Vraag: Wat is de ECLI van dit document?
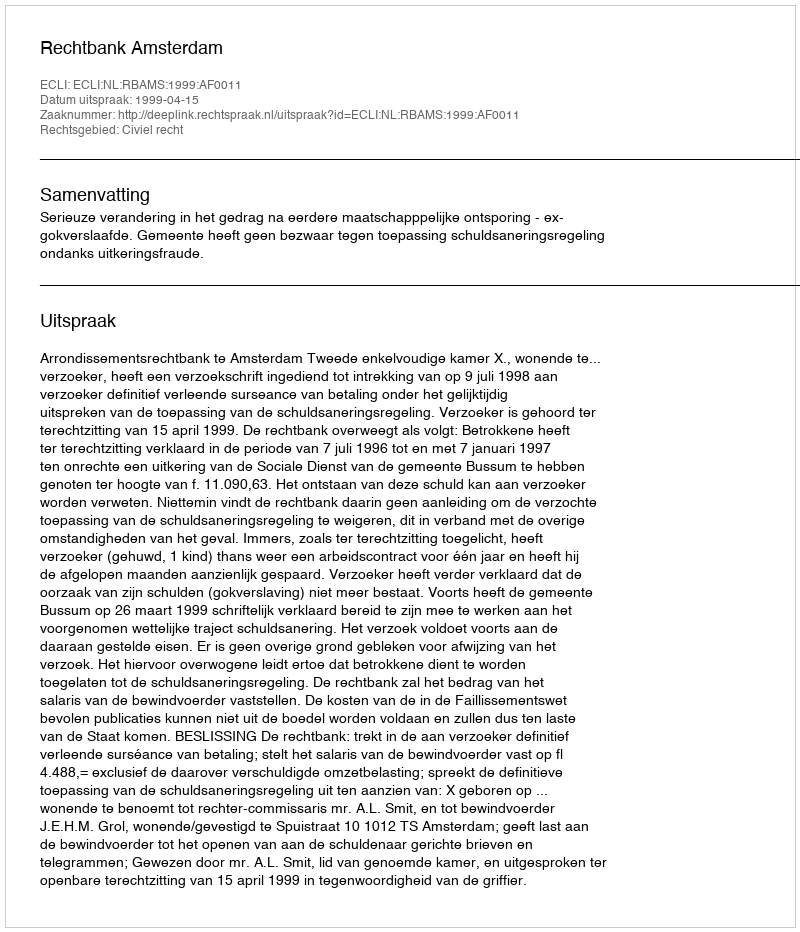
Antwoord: ECLI:NL:RBAMS:1999:AF0011